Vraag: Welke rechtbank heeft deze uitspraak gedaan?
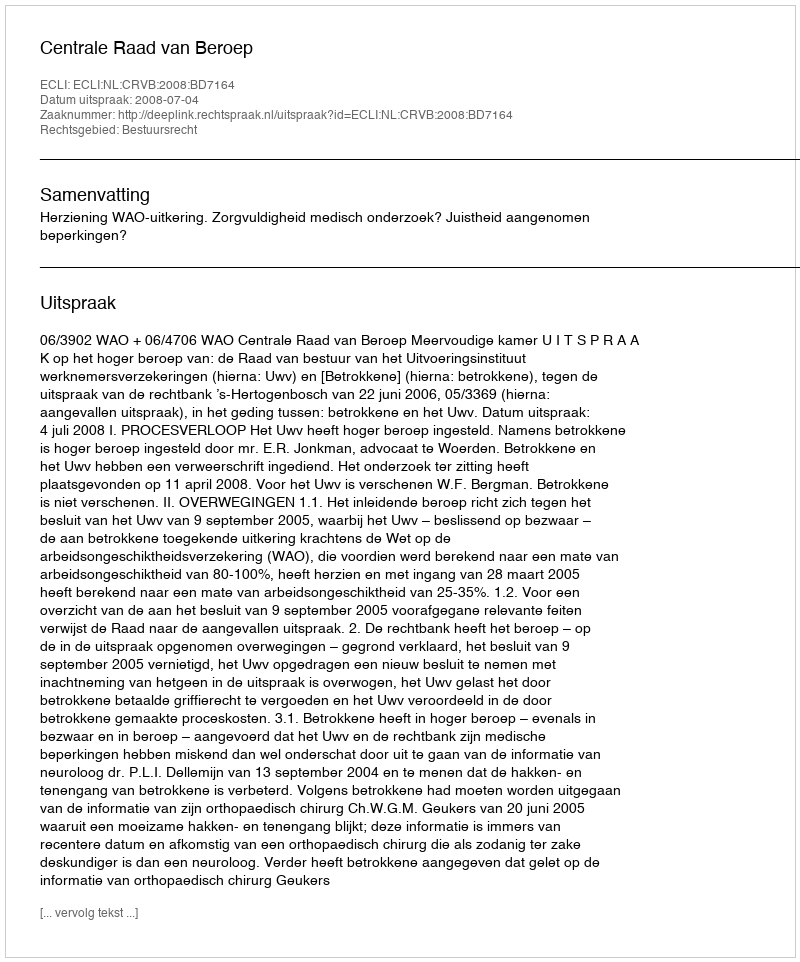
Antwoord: Centrale Raad van Beroep